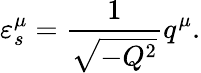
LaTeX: \varepsilon_{s}^{\mu}={\frac{1}{\sqrt{-Q^{2}}}}q^{\mu}.